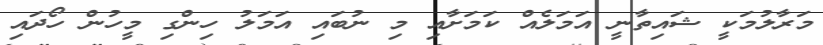
މަރާލުމަކީ ޝައިތާނީ އަމަލެއް ކަމަށާއި މި ނުބައި އަމަލު ހިންގި މީހުން ހޯދައި